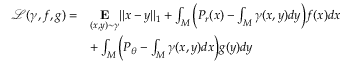
\begin{array} { r l } { \mathcal { L } ( \gamma , f , g ) = } & { \underset { ( x , y ) \sim \gamma } { \mathbf { E } } | | x - y | | _ { 1 } + \int _ { M } \Big ( P _ { r } ( x ) - \int _ { M } \gamma ( x , y ) d y \Big ) f ( x ) d x } \\ & { + \int _ { M } \Big ( P _ { \theta } - \int _ { M } \gamma ( x , y ) d x \Big ) g ( y ) d y } \end{array}